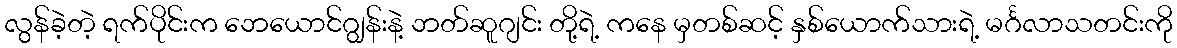
လွန်ခဲ့တဲ့ ရက်ပိုင်းက ဘေယောင်ဂျွန်းနဲ့ ဘတ်ဆူဂျင်း တို့ရဲ့ ကနေ မှတစ်ဆင့် နှစ်ယောက်သားရဲ့ မင်္ဂလာသတင်းကို